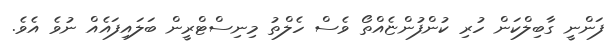
ފަންނީ ގާބިލްކަން ހުރި ކުންފުންޏެއްތޯ ވެސް ހެލްތު މިނިސްޓްރީން ބަލައިފައެއް ނުވެ އެވެ.